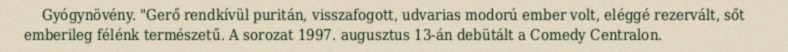
Gyógynövény. "Gerő rendkívül puritán, visszafogott, udvarias modorú ember volt, eléggé rezervált, sőt emberileg félénk természetű. A sorozat 1997. augusztus 13-án debütált a Comedy Centralon.